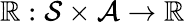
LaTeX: \mathbb{R}:\mathcal{{S}}\times\mathcal{{A}}\rightarrow\mathbb{{\mathbb{R}}}